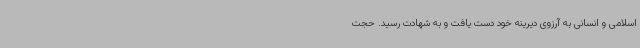
اسلامی و انسانی به آرزوی دیرینه خود دست یافت و به شهادت رسید. حجت